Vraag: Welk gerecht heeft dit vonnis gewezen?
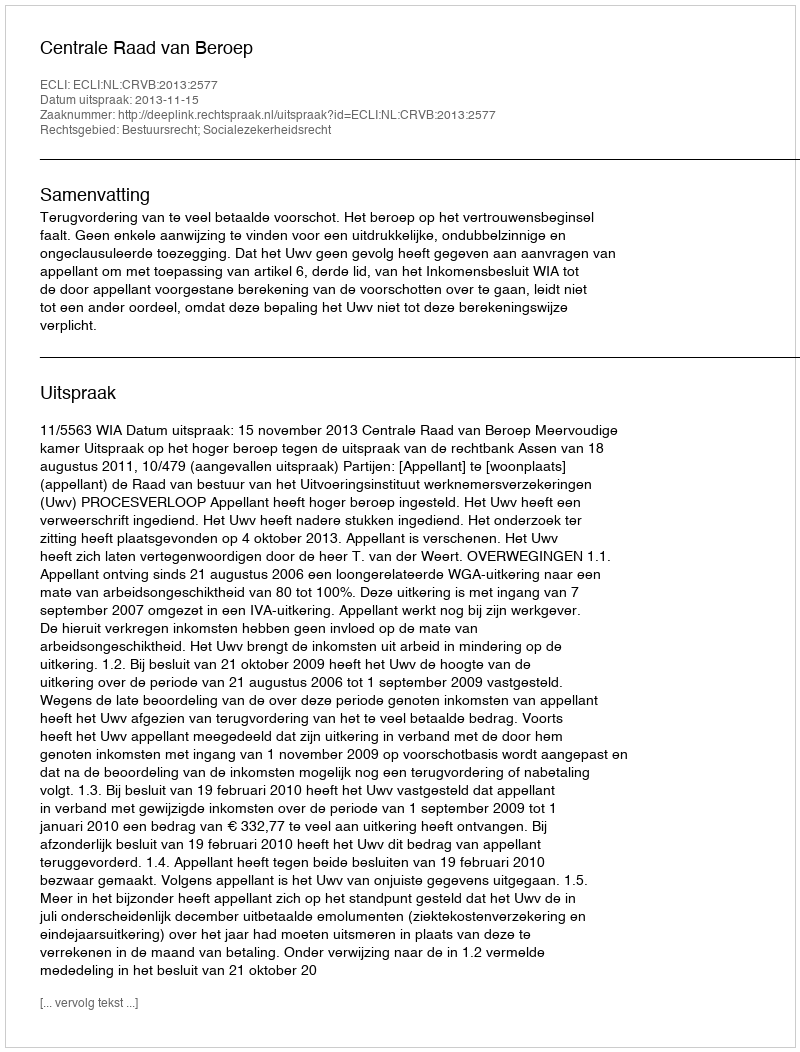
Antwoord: Centrale Raad van Beroep